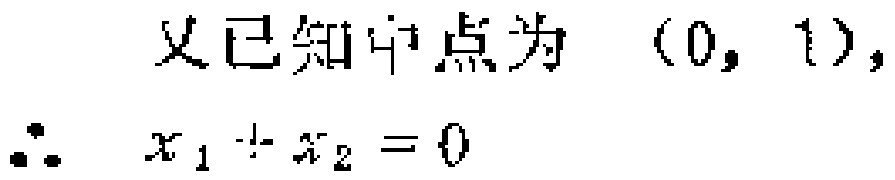
又已知中点为 $(0,1),$

$\therefore\ x_{1}+x_{2}=0$